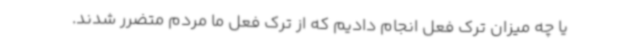
یا چه میزان ترک فعل انجام دادیم که از ترک فعل ما مردم متضرر شدند.